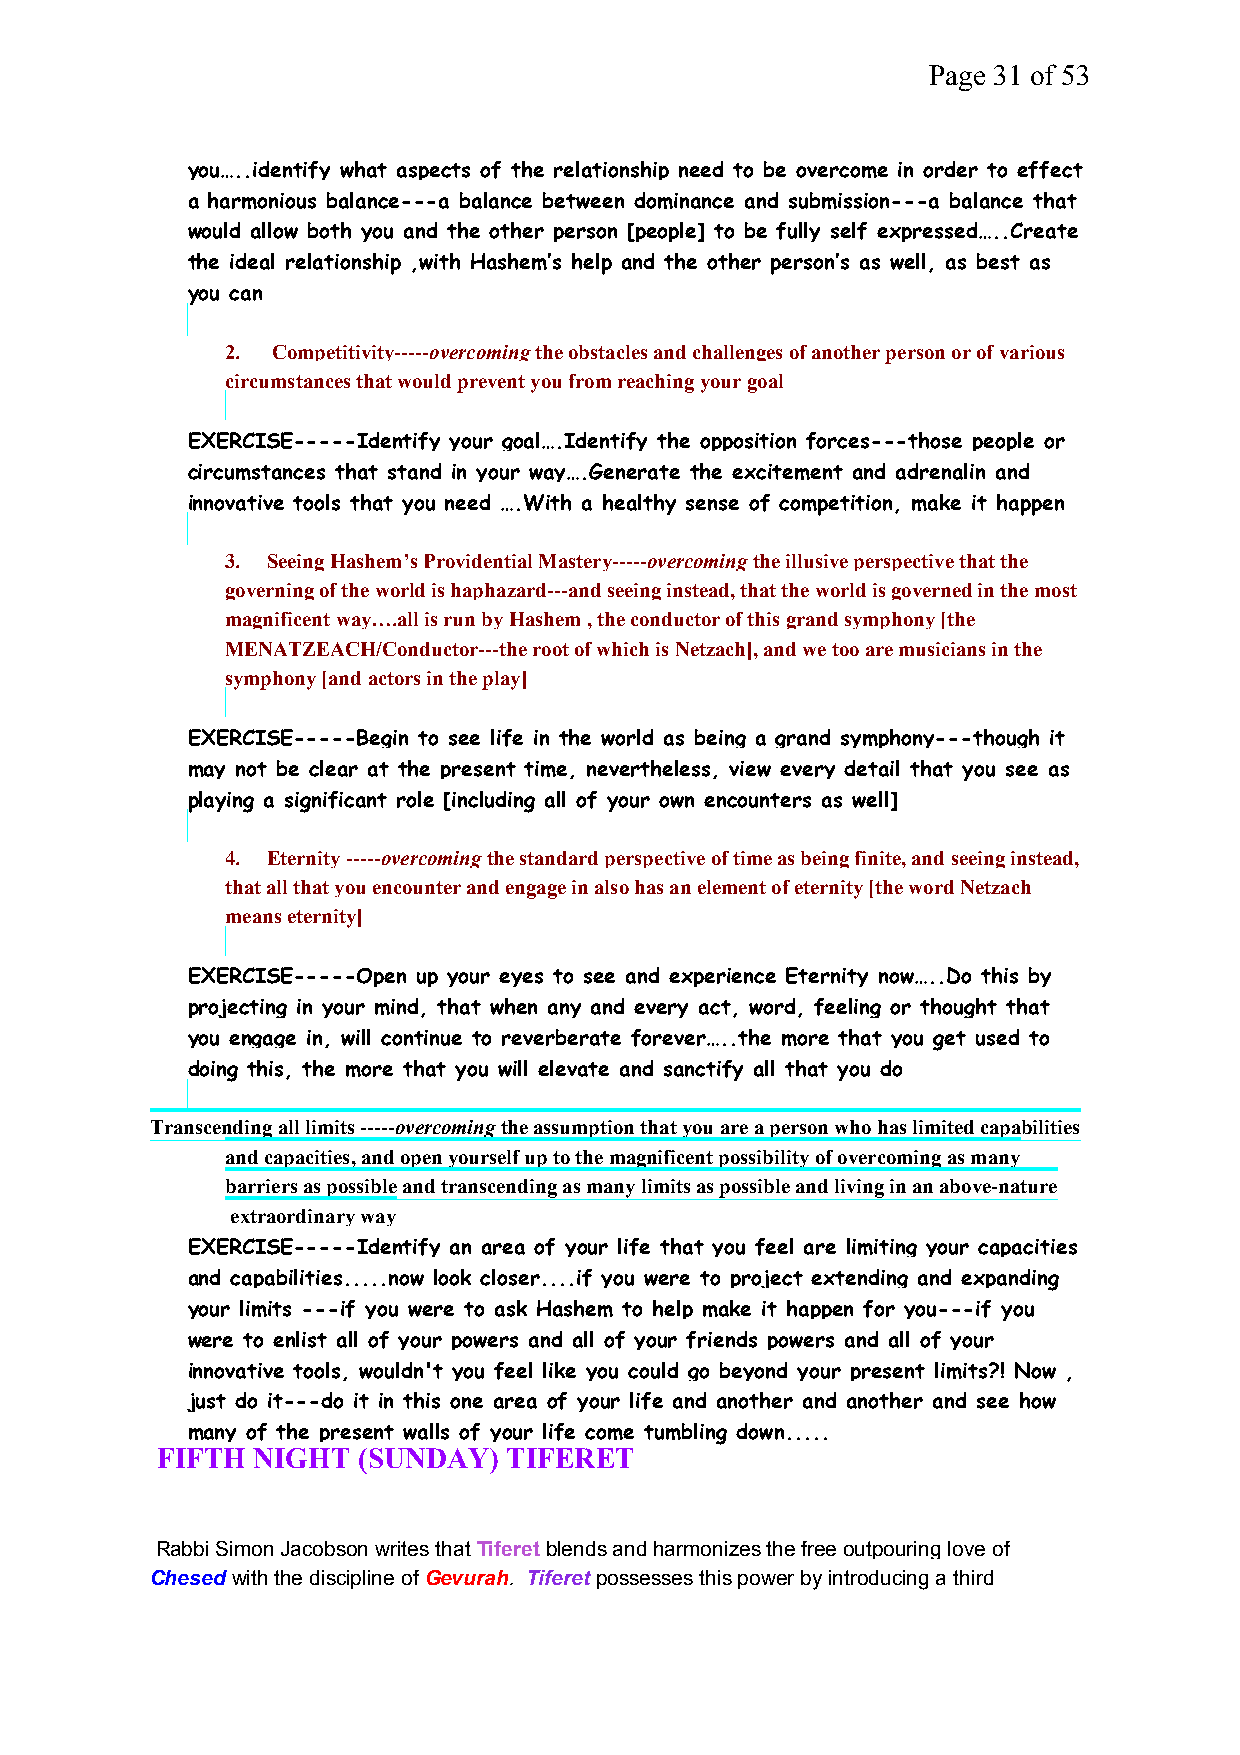
Page 31 of 53
 you…..identify what aspects of the relationship need to be overcome in order to effect
 a harmonious balance---a balance between dominance and submission---a balance that
 would allow both you and the other person [people] to be fully self expressed…..Create
 the ideal relationship ,with Hashem’s help and the other person’s as well, as best as
 you can
 2. Competitivity-----overcomingthe obstacles and challenges of another person or of various
 circumstances that would prevent you from reaching your goal
 EXERCISE-----Identify your goal….Identify the opposition forces---those people or
 circumstances that stand in your way….Generate the excitement and adrenalin and
 innovative tools that you need ….With a healthy sense of competition, make it happen
 3. Seeing Hashem’s Providential Mastery-----overcomingthe illusive perspective that the
 governing of the world is haphazard---and seeing instead, that the world is governed in the most
 magnificent way….all is run by Hashem , the conductor of this grand symphony [the
 MENATZEACH/Conductor---the root of which is Netzach], and we too are musicians in the
 symphony [and actors in the play]
 EXERCISE-----Begin to see life in the world as being a grand symphony---though it
 may not be clear at the present time, nevertheless, view every detail that you see as
 playing a significant role [including all of your own encounters as well]
 4. Eternity -----overcomingthe standard perspective of time as being finite, and seeing instead,
 that all that you encounter and engage in also has an element of eternity [the word Netzach
 means eternity]
 EXERCISE-----Open up your eyes to see and experience Eternity now…..Do this by
 projecting in your mind, that when any and every act, word, feeling or thought that
 you engage in, will continue to reverberate forever…..the more that you get used to
 doing this, the more that you will elevate and sanctify all that you do
 Transcending all limits -----overcomingthe assumption that you are a person who has limited capabilities
 and capacities, and open yourself up to the magnificent possibility of overcoming as many
 barriers as possible and transcending as many limits as possible and living in an above-nature
 extraordinary way
 EXERCISE-----Identify an area of your life that you feel are limiting your capacities
 and capabilities.....now look closer....if you were to project extending and expanding
 your limits ---if you were to ask Hashem to help make it happen for you---if you
 were to enlist all of your powers and all of your friends powers and all of your
 innovative tools, wouldn't you feel like you could go beyond your present limits?! Now ,
 just do it---do it in this one area of your life and another and another and see how
 many of the present walls of your life come tumbling down.....
 FIFTH  NIGHT  (SUNDAY)  TIFERET
 Rabbi Simon Jacobson writes thatTiferetblends and harmonizes the free outpouring love of
 Chesed with the discipline ofGevurah. Tiferetpossesses this power by introducing a third